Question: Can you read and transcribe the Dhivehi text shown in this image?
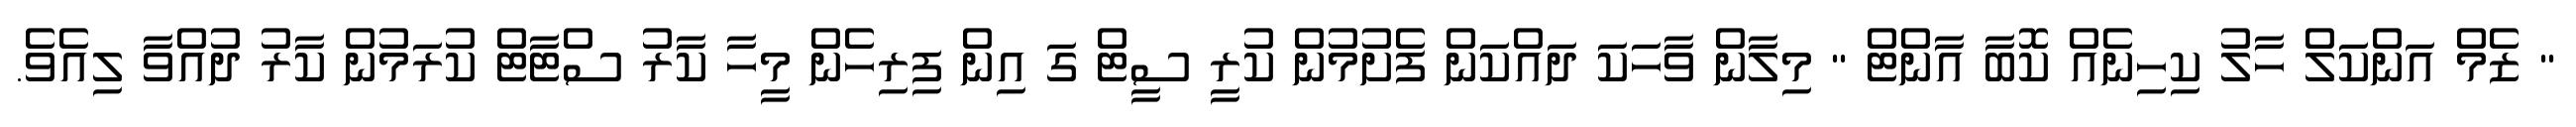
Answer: " ޒެމް އަންކަލް ހާލު ކިހިނެއް ކޮބާ އާންޓް " މިލާން ވާހަކަ ދައްކަން ފެށުމުން ކުރީ ސީޓް ގަ އިން ފިރިހެން މީހާ ކާރު ސްޓާޓް ކުރަމުން ކާރު ދުއްވާ ލިއެވެ.